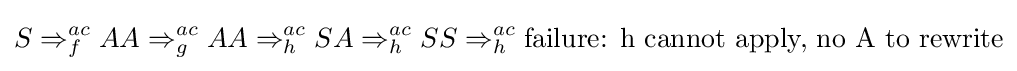
S\Rightarrow _{f}^{ac}AA\Rightarrow _{g}^{ac}AA\Rightarrow _{h}^{ac}SA\Rightarrow _{h}^{ac}SS\Rightarrow _{h}^{ac}{\text{failure: h cannot apply, no A to rewrite}}